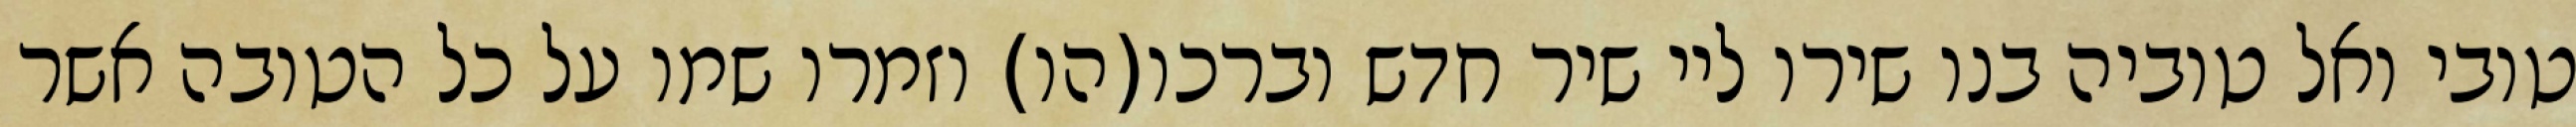
טובי ואל טוביה בנו שירו ליי שיר חדש וברכו(הו) וזמרו שמו על כל הטובה אשר